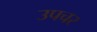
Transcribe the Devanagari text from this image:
उपचर